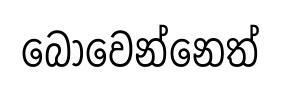
බොවෙන්නෙත්